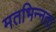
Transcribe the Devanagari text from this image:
मतभिन्‍नता